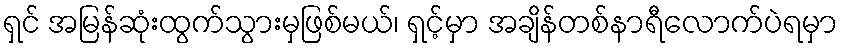
ရှင် အမြန်ဆုံးထွက်သွားမှဖြစ်မယ်၊ ရှင့်မှာ အချိန်တစ်နာရီလောက်ပဲရမှာ